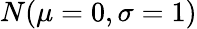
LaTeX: N(\mu=0,\sigma=1)